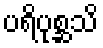
ပရိပုစ္ဆသိ